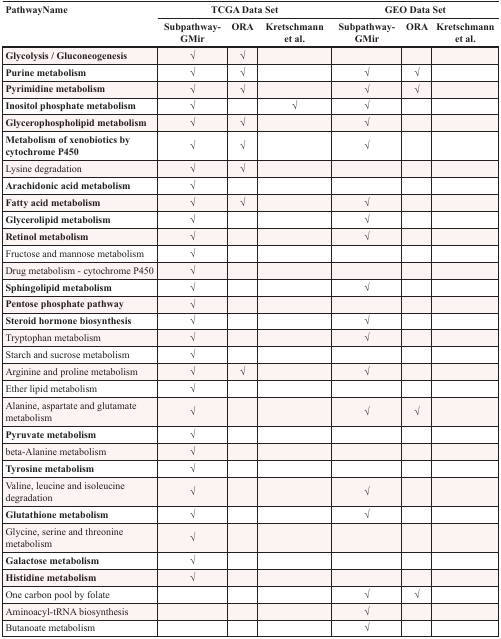
| <ROWSPAN=2> PathwayName | <COLSPAN=3> TCGA Data Set | <COLSPAN=3> GEO Data Set |
 | Subpathway-GMir | ORA | Kretschmann et al. | Subpathway-GMir | ORA | Kretschmann et al. |
 | --- | --- | --- | --- | --- | --- | --- |
 | Glycolysis / Gluconeogenesis | √ | √ |  |  |  |  |
 | Purine metabolism | √ | √ |  | √ | √ |  |
 | Pyrimidine metabolism | √ | √ |  | √ | √ |  |
 | Inositol phosphate metabolism | √ |  | √ | √ |  |  |
 | Glycerophospholipid metabolism | √ | √ |  | √ |  |  |
 | Metabolism of xenobiotics by cytochrome P450 | √ | √ |  | √ |  |  |
 | Lysine degradation | √ | √ |  |  |  |  |
 | Arachidonic acid metabolism | √ |  |  |  |  |  |
 | Fatty acid metabolism | √ | √ |  | √ |  |  |
 | Glycerolipid metabolism | √ |  |  | √ |  |  |
 | Retinol metabolism | √ |  |  | √ |  |  |
 | Fructose and mannose metabolism | √ |  |  |  |  |  |
 | Drug metabolism - cytochrome P450 | √ |  |  |  |  |  |
 | Sphingolipid metabolism | √ |  |  | √ |  |  |
 | Pentose phosphate pathway | √ |  |  |  |  |  |
 | Steroid hormone biosynthesis | √ |  |  | √ |  |  |
 | Tryptophan metabolism | √ |  |  | √ |  |  |
 | Starch and sucrose metabolism | √ |  |  |  |  |  |
 | Arginine and proline metabolism | √ | √ |  | √ |  |  |
 | Ether lipid metabolism | √ |  |  |  |  |  |
 | Alanine, aspartate and glutamate metabolism | √ |  |  | √ | √ |  |
 | Pyruvate metabolism | √ |  |  |  |  |  |
 | beta-Alanine metabolism | √ |  |  |  |  |  |
 | Tyrosine metabolism | √ |  |  |  |  |  |
 | Valine, leucine and isoleucine degradation | √ |  |  | √ |  |  |
 | Glutathione metabolism | √ |  |  | √ |  |  |
 | Glycine, serine and threonine metabolism | √ |  |  |  |  |  |
 | Galactose metabolism | √ |  |  |  |  |  |
 | Histidine metabolism | √ |  |  |  |  |  |
 | One carbon pool by folate |  |  |  | √ | √ |  |
 | Aminoacyl-tRNA biosynthesis |  |  |  | √ |  |  |
 | Butanoate metabolism |  |  |  | √ |  |  |